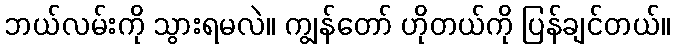
ဘယ်လမ်းကို သွားရမလဲ။ ကျွန်တော် ဟိုတယ်ကို ပြန်ချင်တယ်။